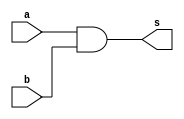
//Verilog
//moduleendmodule
//module
//
module and_gate(a,b,s);

	input a;			//a
	input b;			//b
	
	output s;		//s
	
	//
	assign s = a & b;

endmodule